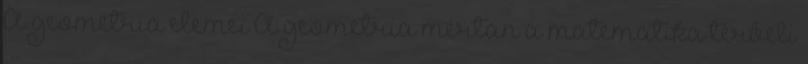
A geometria elemei A geometria mértan a matematika térbeli